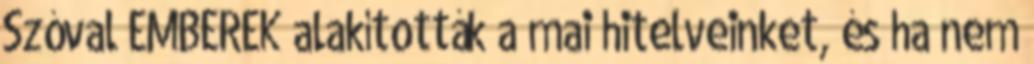
Szóval EMBEREK alakították a mai hitelveinket, és ha nem